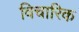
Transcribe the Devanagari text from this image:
विचारिक